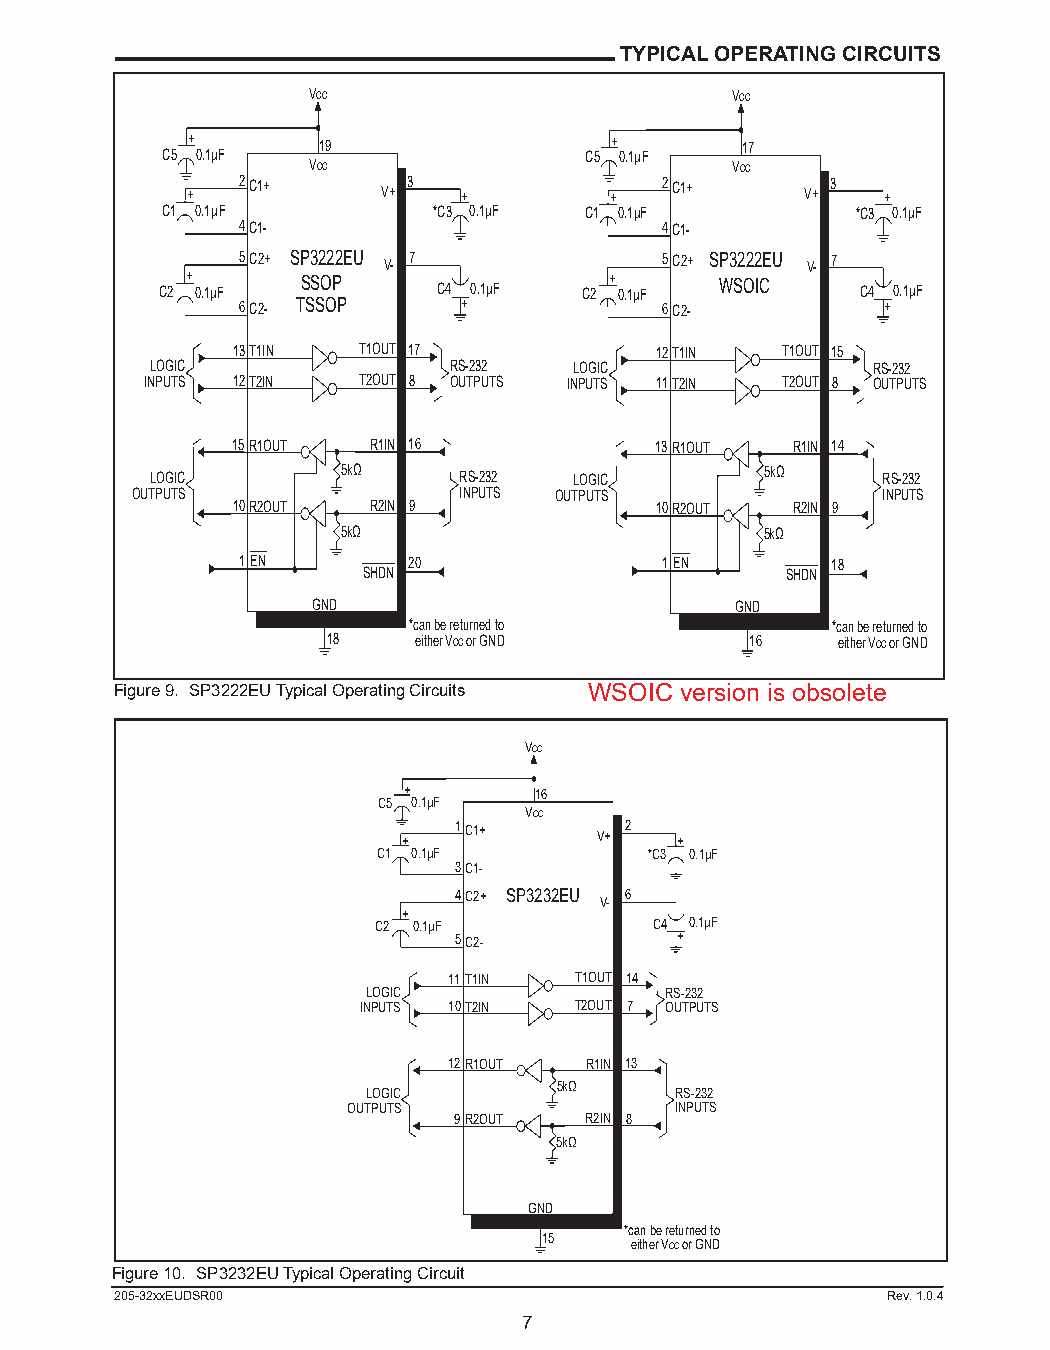
TYPICAL OPERATING CIRCUITS
 VCC                         VCC
 +        19                 +        17
 C5 0.1µF                    C5 0.1µF
 VCC                         VCC
 +
 2C1+
 V+
 3
 +        +
 2C1+
 V+
 3
 +
 C1 0.1µF          *C3 0.1µF C1 0.1µF          *C3 0.1µF
 4C1-                        4C1-
 5C2+ SP3222EU V- 7          5C2+ SP3222EU V- 7
 C2 + 0.1µF SSOP   C4 0.1µF  C2 + 0.1µF WSOIC  C4 0.1µF
 6C2- TSSOP     +            6C2-           +
 13T1IN   T1OUT 17           12T1IN   T1OUT 15
 LOGIC               RS-232  LOGIC               RS-232
 INPUTS 12T2IN T2OUT 8 OUTPUTS INPUTS 11T2IN T2OUT 8 OUTPUTS
 15R1OUT  R1IN 16            13R1OUT  R1IN 14
 LOGIC        5kΩ    RS-232  LOGIC        5kΩ    RS-232
 OUTPUTS              INPUTS OUTPUTS              INPUTS
 10R2OUT  R2IN 9             10R2OUT  R2IN 9
 5kΩ                         5kΩ
 1EN        20               1EN        18
 SHDN                        SHDN
 GND                         GND
 *can be returned to         *can be returned to
 18   either VCC or GND      16   either VCC or GND
 Figure 9. SP3222EU Typical Operating Circuits WSOIC version is obsolete
 VCC
 +       16
 C5 0.1µF
 VCC
 +
 1C1+
 V+
 2
 +
 C1 0.1µF          *C3 0.1µF
 3C1-
 4C2+ SP3232EU
 V-
 6
 +
 C2 0.1µF          C4 0.1µF
 5C2-           +
 11T1IN  T1OUT 14
 LOGIC               RS-232
 INPUTS 10T2IN T2OUT 7 OUTPUTS
 12R1OUT  R1IN 13
 LOGIC        5kΩ     RS-232
 OUTPUTS               INPUTS
 9R2OUT   R2IN 8
 5kΩ
 GND
 *can be returned to
 15    either VCC or GND
 Figure 10. SP3232EU Typical Operating Circuit
 205-32xxEUDSR00                                    Rev. 1.0.4
 7